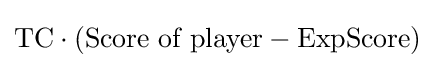
{\mbox{TC}}\cdot ({\mbox{Score of player}}-{\mbox{ExpScore}})